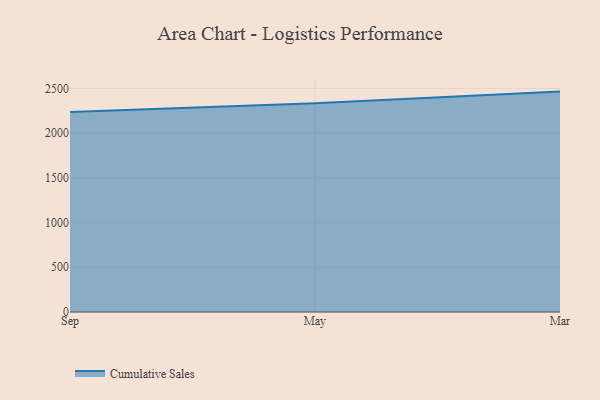
{"axis": {"x": "Month", "y": "Temperature (°C)"}, "legend": ["Cumulative Sales"], "data": [{"x": "Sep", "y": 2237.3, "type": "Cumulative Sales"}, {"x": "May", "y": 2334.0, "type": "Cumulative Sales"}, {"x": "Mar", "y": 2464.8, "type": "Cumulative Sales"}]}